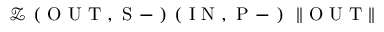
\mathcal { Z } \mathrm { ~ ( ~ O ~ U ~ T ~ , ~ S ~ - ~ ) ~ ( ~ I ~ N ~ , ~ P ~ - ~ ) ~ } \; \| \mathrm { ~ O ~ U ~ T ~ } \|